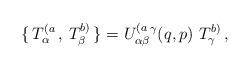
LaTeX: \begin{align*}\{ \, T^{(a}_\alpha \, , \, T^{b)}_\beta \, \}=U^{(a}_{\alpha\beta}{}^\gamma(q,p) \,\, T^{b)}_\gamma\, ,\end{align*}